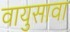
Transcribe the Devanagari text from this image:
वायुसावा